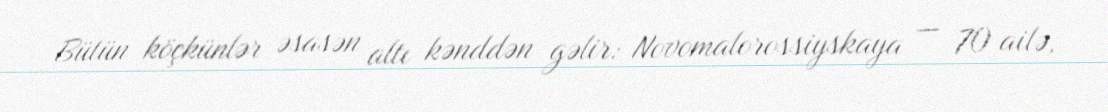
Bütün köçkünlər əsasən altı kənddən gəlir: Novomalorossiyskaya — 70 ailə,